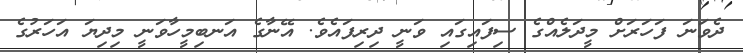
ދެވަނަ ފަހަރަށް މީދަލެއްގެ ސިފައިގައި ވަނީ ދިރިފައެވެ. އޭނާގެ އަނބިމީހާވަނީ މިދިޔަ އަހަރުގެ